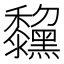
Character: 𪒺